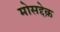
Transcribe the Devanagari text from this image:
मोसद्देक़